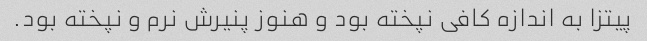
پیتزا به اندازه کافی نپخته بود و هنوز پنیرش نرم و نپخته بود.